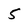
Character: 5